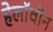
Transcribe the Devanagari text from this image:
हेलाॅवीन